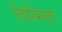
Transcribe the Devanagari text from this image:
विस्मिता